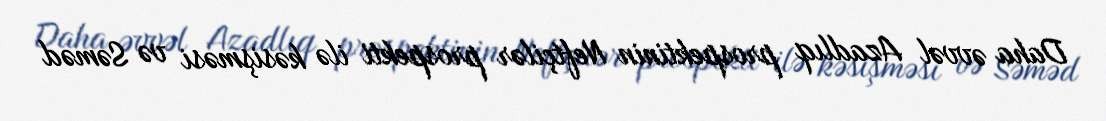
Daha əvvəl Azadlıq prospektinin Neftçilər prospekti ilə kəsişməsi və Səməd